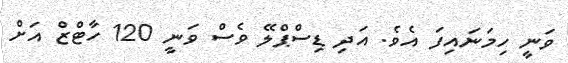
ވަނީ ހިމަނައިފަ އެވެ. އަދި ޑިސްޕްލޭ ވެސް ވަނީ 120 ހާޓްޒް އަށް